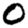
Digit: 0